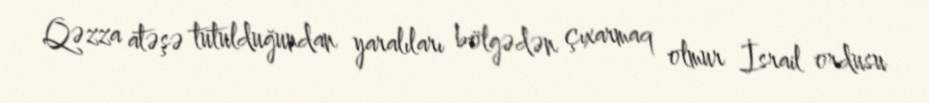
Qəzza atəşə tutulduğundan yaralıları bölgədən çıxarmaq olmur İsrail ordusu